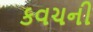
કવચની